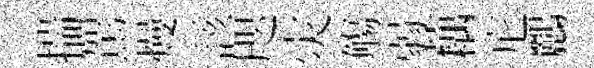
揣駕熳該咫灾觴弱藕庀鸝